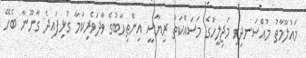
މައުލޫމާތު މުއްސަނދިވި މަޖިލީހުގެ މަސައްކަތް ރިޔާސީ އިންތިހާބުގެ ވާދަވެރިކަމާ ގުޅިފައިދެ ގާނޫނާ ބެހޭ